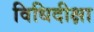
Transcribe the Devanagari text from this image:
विधिदीक्षा